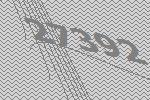
27392